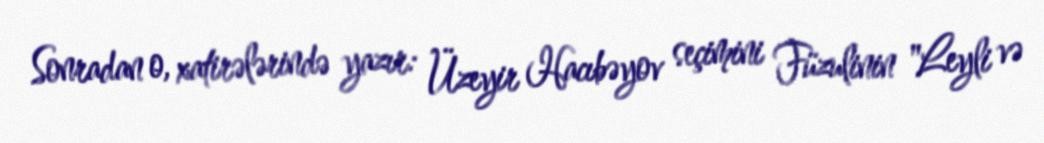
Sonradan o, xatirələrində yazır: Üzeyir Hacıbəyov seçimini Füzulinin "Leyli və